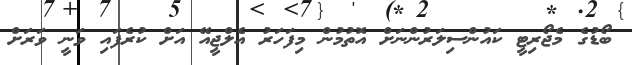
ބޯޑުގެ މެޖޯރިޓީ ކައުންސިލަރުންނަށް އޮތުމުން މިފަހަރު އެލްޖީއޭ އަށް ކުރެފައި ވަނީ ވަރަށް